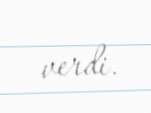
verdi.